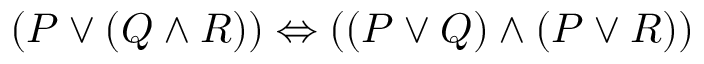
( P \lor ( Q \land R ) ) \Leftrightarrow ( ( P \lor Q ) \land ( P \lor R ) )